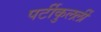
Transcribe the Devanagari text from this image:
पर्टीकुलर्ली